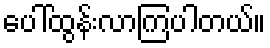
ပေါ်ထွန်းလာကြပါတယ်။